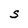
Character: S